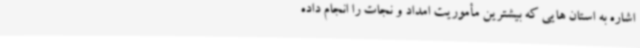
اشاره به استان هایی که بیشترین مأموریت امداد و نجات را انجام داده